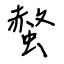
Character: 螫